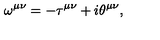
\omega ^ { \mu \nu } = - \tau ^ { \mu \nu } + i \theta ^ { \mu \nu } ,